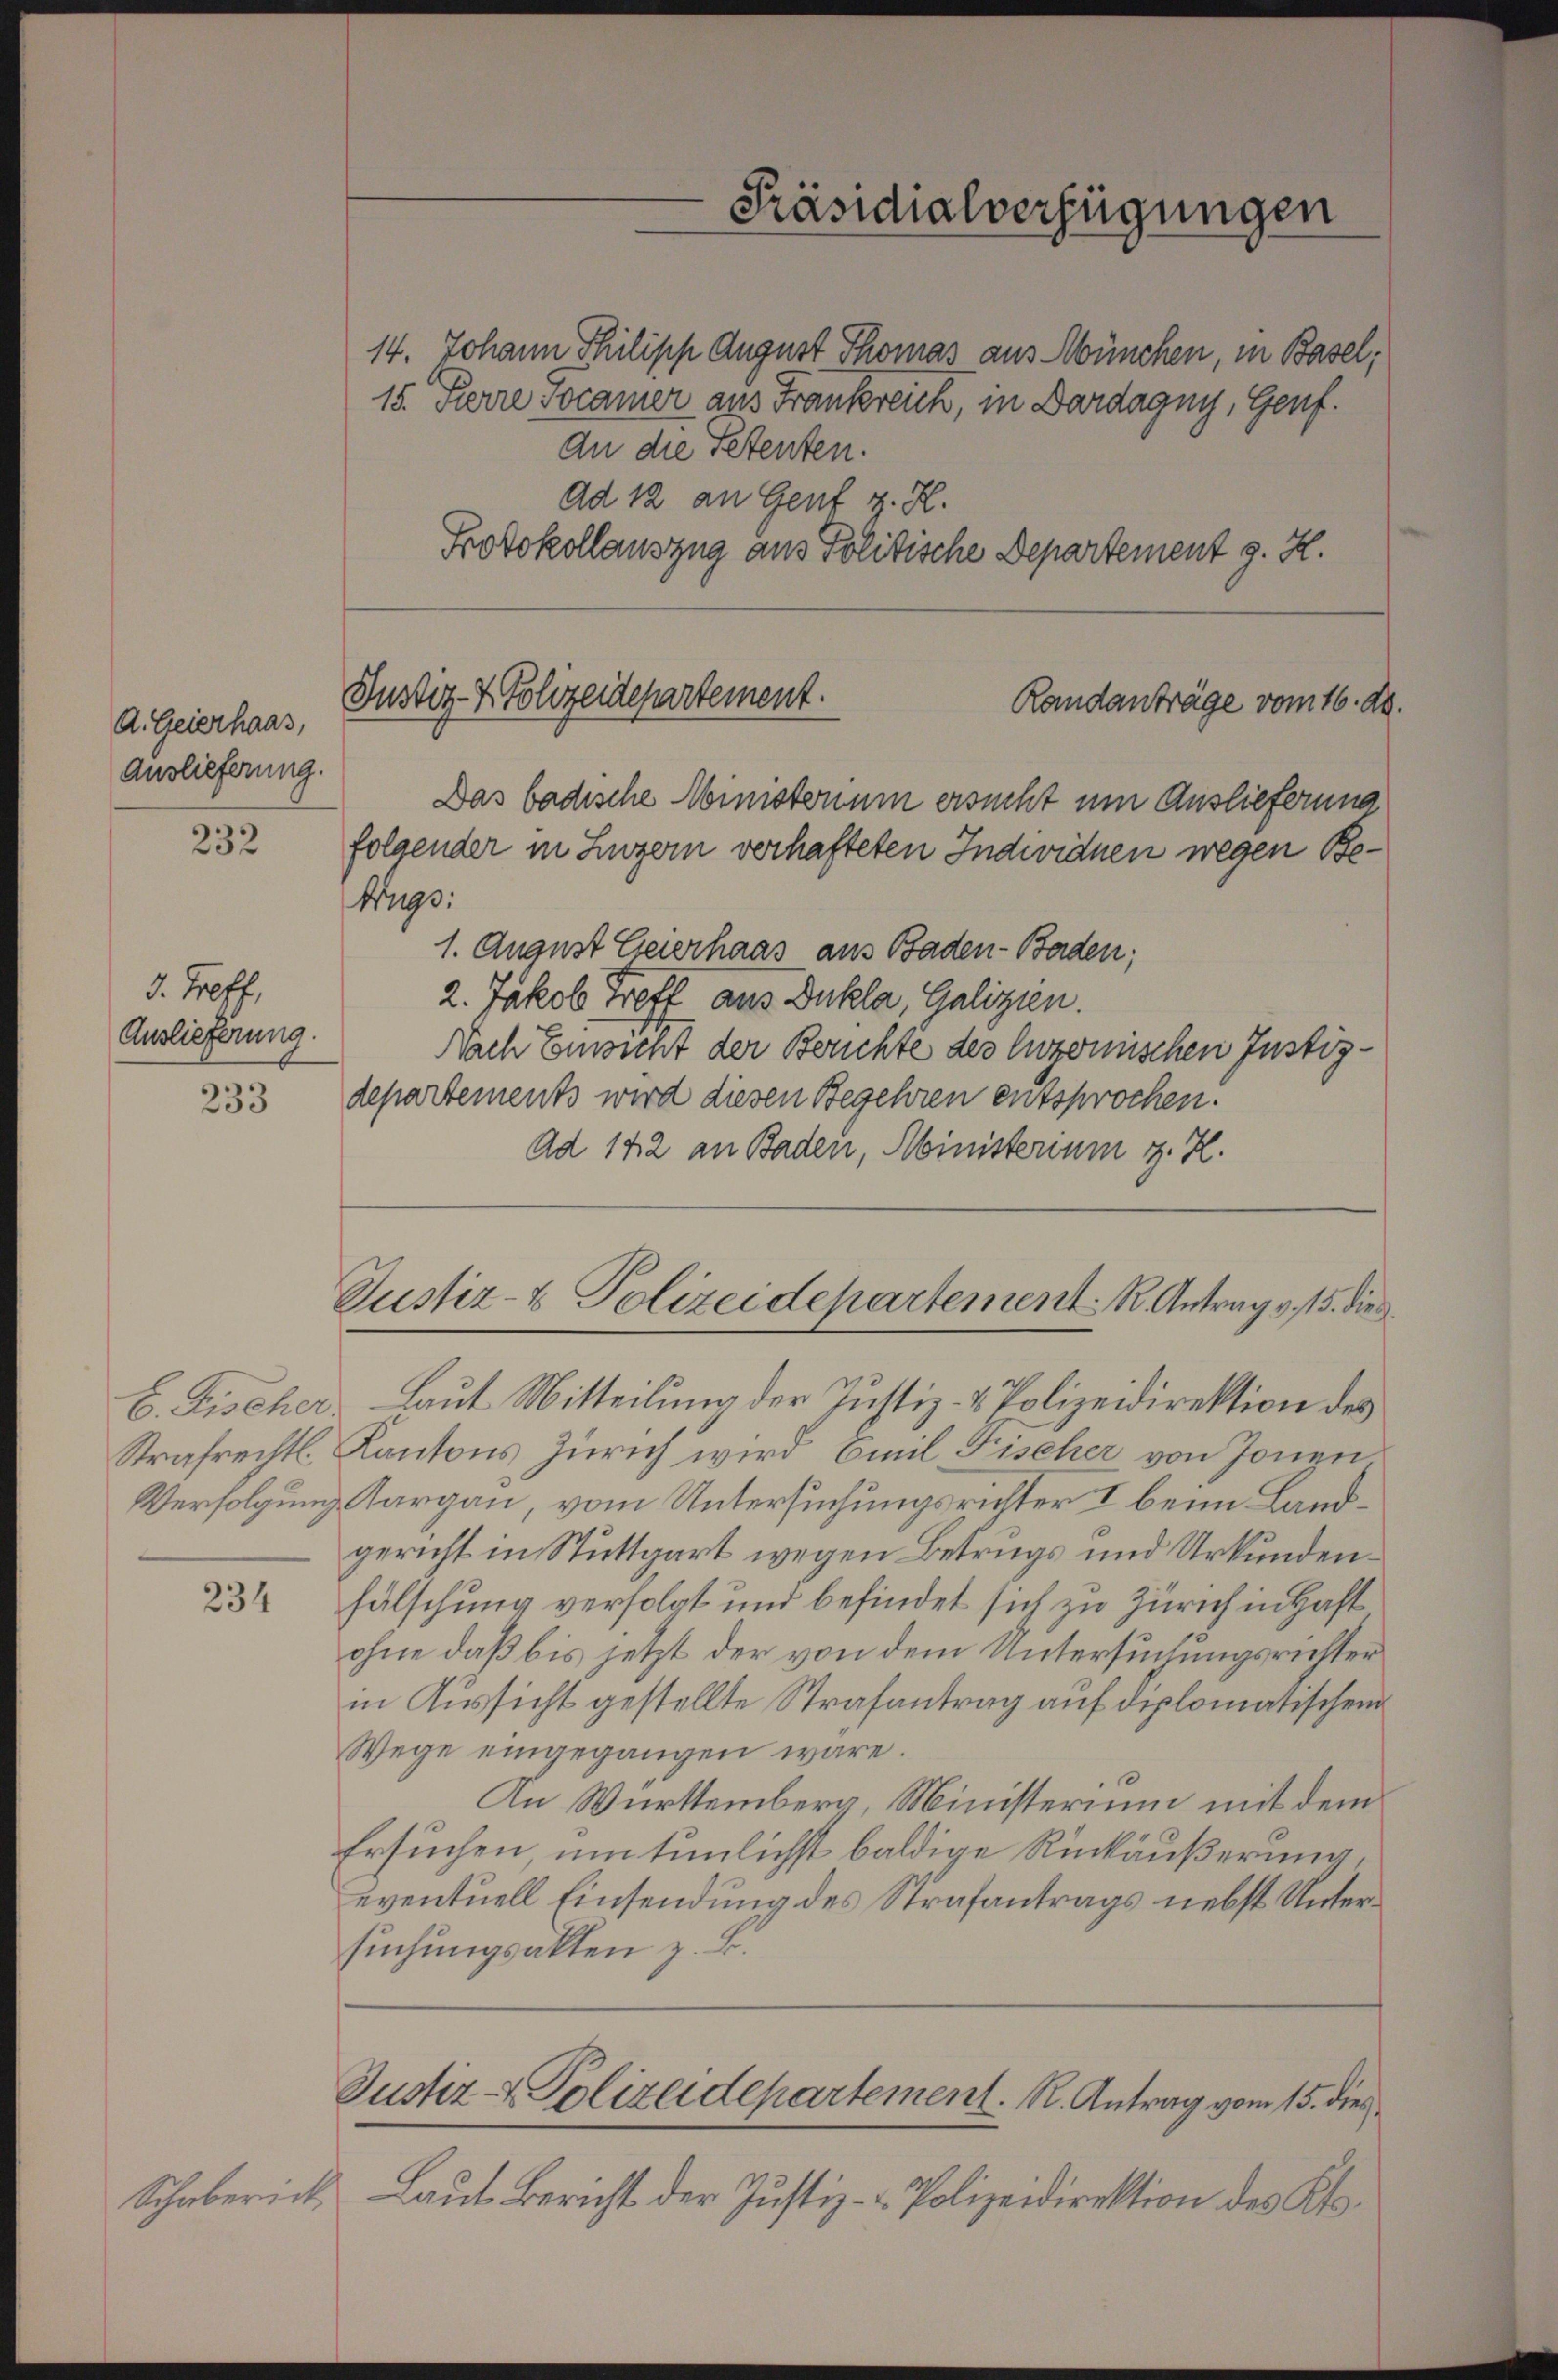
A. Geierhaas,
Auslieferung.

232

3. Treff,
Auslieferung.

233

234

Schabericht

Justiz- & Polizeidepartement.

14. Johann Philipp August Thomas aus München, in Basel;
15. Pierre vocamer aus Frankreich, in Dardagny, Genf.
An die Setenten.
Ad 12 an Gent z. H.
Protokollauszug aus Politische Departement g. H.
Das badische Ministerium ersucht um Auslieferung
folgender in Luzern verhafteten Individuen wegen Be¬
Krugs:
1. August Feierhaas aus Baden- Baden;
2. Jakob Treff aus Bukla, Galizien.
Nach Einsicht der Berichte des luzernischen Justizdepartements wird diesen Begehren entsprochen.
Ad 142 an Baden, Ministerium z. Z.

Präsidialverfügungen

Justiz- & Polizeidepartement. R. Antrag v. 15. die
E. Fischer. Laut Mitteilung der Justiz- & Polizeidirektion des

Randanträge vom 16. d.

Strafrechtl. Kantons Zürich wird, Emil Fischer von Jonen
Verfolgung Aargau, vom Untersuchungsrichter I beim Landgericht in Stuttgart wegen Betrugs und Urkundenfälschung verfolgt und befindet sich zu Zürich in Haft
ohne daß bis jetzt der von dem Untersuchungsrichter
in Aussicht gestellte Strafantrag auf diplomatischen
Wege eingegangen wäre.
An Württemberg, Ministerium mit dem
Ersuchen um tunlichst baldige Rückäußerung,
eventuell Einsendung des Strafantrags nebst Untersuchungsakten z. B.

Justiz- & Polizeidepartement. R. Antrag vom 15. dies

Laut Bericht der Justiz- & Polizeidirektion des Klo¬